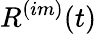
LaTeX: R^{(im)}(t)